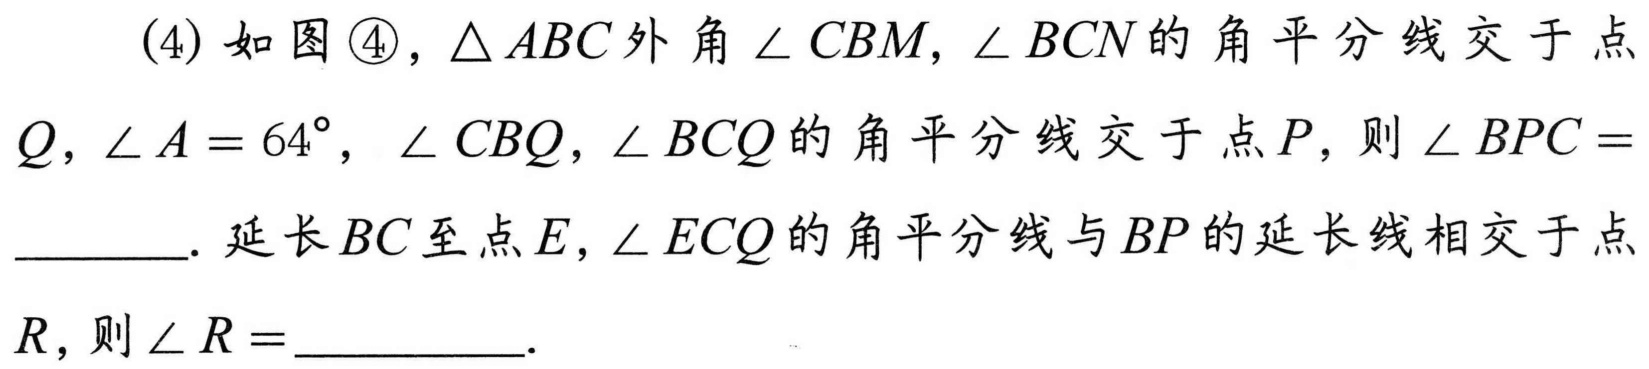
(4) 如图 \textcircled{4}，\(\triangle ABC\) 外角 \(\angle CBM\)，\(\angle BCN\) 的角平分线交于点 \(Q\)，\(\angle A = 64^{\circ}\)，\(\angle CBQ\)，\(\angle BCQ\) 的角平分线交于点 \(P\)，则 \(\angle BPC=\)  ．延长 \(BC\) 至点 \(E\)，\(\angle ECQ\) 的角平分线与 \(BP\) 的延长线相交于点 \(R\)，则 \(\angle R=\)  ．